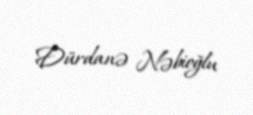
Dürdanə Nəbioğlu